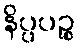
နိပ္ပပဉ္စ